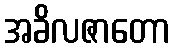
အခိလဇာတော